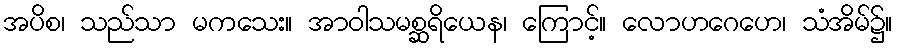
အပိစ၊ သည်သာ မကသေး။ အာဝါသမစ္ဆရိယေန၊ ကြောင့်။ လောဟဂေဟေ၊ သံအိမ်၌။